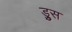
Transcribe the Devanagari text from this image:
ड्रुस